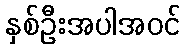
နှစ်ဦးအပါအဝင်